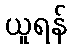
ယူရန်